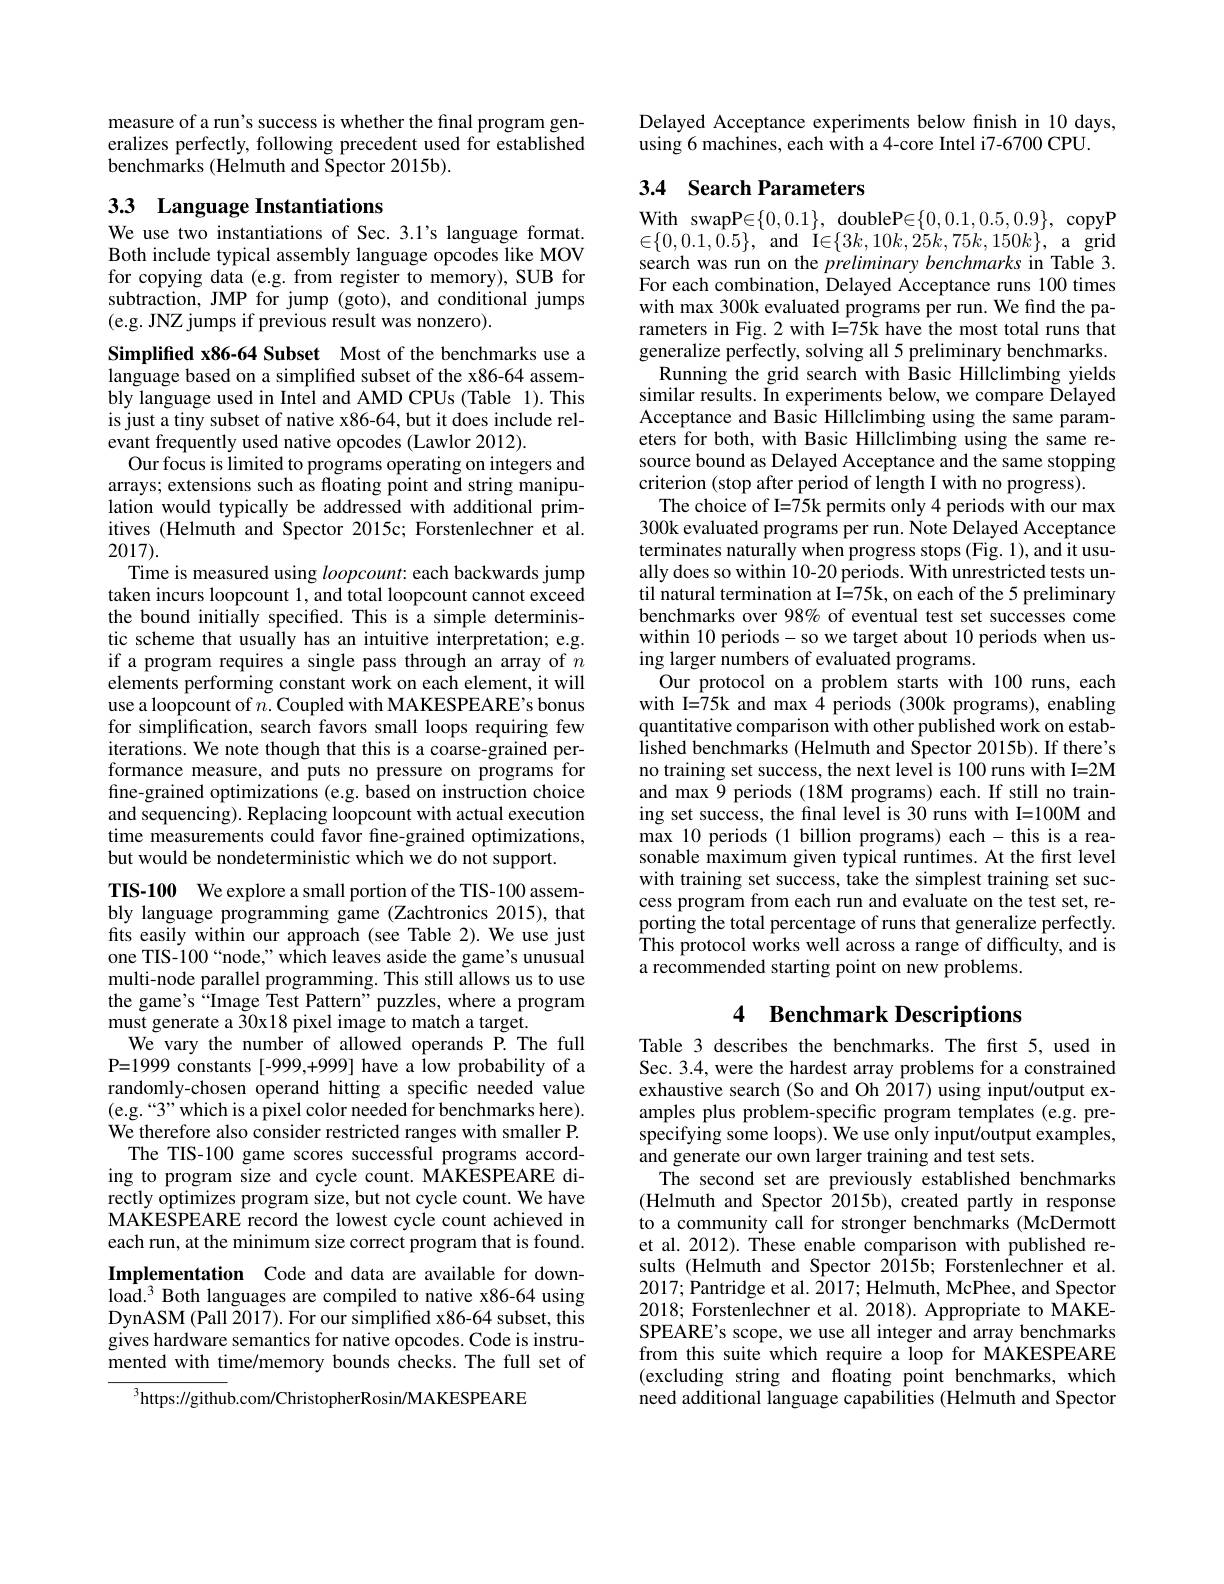
measure of a run's success is whether the final program generalizes perfectly, following precedent used for established benchmarks (Helmuth and Spector 2015b).

# 33 Language Instantiations

We use two instantiations of Sec. 3.1's language format. Both include typical assembly language opcodes like MOV for copying data (e.g. from register to memory), SUB for subtraction, JMP for jump (goto), and conditional jumps (e.g. JNZ jumps if previous result was nonzero).

Simplified x86-64 Subset Most of the benchmarks use a language based on a simplified subset of the x86-64 assembly language used in Intel and AMD CPUs (Table 1). This is just a tiny subset of native x86-64, but it does include relevant frequently used native opcodes (Lawlor 2012).
Our focus is limited to programs operating on integers and arrays; extensions such as floating point and string manipulation would typically be addressed with additional primitives (Helmuth and Spector 2015c; Forstenlechner et al. 2017).
Time is measured using $loopcount{:}$ each backwards jump taken incurs loopcount 1, and total loopcount cannot exceed the bound initially specified. This is a simple deterministic scheme that usually has an intuitive interpretation; e.g. if a program requires a single pass through an array of $n$ elements performing constant work on each element, it will use a loopcount of $n.$ Coupled with MAKESPEARE's bonus for simplification, search favors small loops requiring few iterations. We note though that this is a coarse-grained performance measure, and puts no pressure on programs for fine-grained optimizations (e.g. based on instruction choice and sequencing). Replacing loopcount with actual execution time measurements could favor fine-grained optimizations, but would be nondeterministic which we do not support.
TIS-100 We explore a small portion of the TIS-100 assembly language programming game (Zachtronics 2015), that fits easily within our approach (see Table 2). We use just one TIS-100“node,”which leaves aside the game's unusual multi-node parallel programming. This still allows us to use the game's“Image Test Pattern”puzzles, where a program must generate a 30x18 pixel image to match a target.
We vary the number of allowed operands P. The full P=1999 constants [-999,+999] have a low probability of a randomly-chosen operand hitting a specific needed value (e.g.“3”" which is a pixel color needed for benchmarks here). We therefore also consider restricted ranges with smaller P.
The TIS-100 game scores successful programs according to program size and cycle count. MAKESPEARE directly optimizes program size, but not cycle count. We have MAKESPEARE record the lowest cycle count achieved in each run, at the minimum size correct program that is found. Implementation Code and data are available for download.$^3$ Both languages are compiled to native x86-64 using DynASM (Pall 2017). For our simplified x86-64 subset, this gives hardware semantics for native opcodes. Code is instrumented with time/memory bounds checks. The full set of

$^{3}$https://github.com/ChristopherRosin/MAKESPEARE

Delayed Acceptance experiments below fnish in 10 days,
using 6 machines, each with a 4-core Intel i7-6700 CPU.

# 3.4 Search Parameters

With swapP$\in\{0,0.1\}$, doubleP$\in\{0,0.1,0.5,0.9\}$, copyP $\in \{ 0, 0. 1, \hat{0} . 5\} $, and I$\in \{ 3k, 10k, 25k, 75k, 150k\} $, a grid search was run on the preliminary benchmarks in Table 3. For each combination, Delayed Acceptance runs 100 times with max 300k evaluated programs per run. We find the parameters in Fig. 2 with I=75k have the most total runs that generalize perfectly, solving all 5 preliminary benchmarks.
Running the grid search with Basic Hillclimbing yields similar results. In experiments below, we compare Delayed Acceptance and Basic Hillclimbing using the same parameters for both, with Basic Hillclimbing using the same resource bound as Delayed Acceptance and the same stopping criterion (stop after period of length I with no progress).
The choice of I=75k permits only 4 periods with our max 300k evaluated programs per run. Note Delayed Acceptance terminates naturally when progress stops (Fig. 1), and it usually does so within 10-20 periods. With unrestricted tests until natural termination at I=75k, on each of the 5 preliminary benchmarks over 98% of eventual test set successes come within 10 periods- so we target about 10 periods when using larger numbers of evaluated programs.
Our protocol on a problem starts with 100 runs, each with I=75k and max 4 periods (300k programs), enabling quantitative comparison with other published work on established benchmarks (Helmuth and Spector 2015b). If there's no training set success, the next level is 100 runs with I=2M and max $\tilde{9}$ periods (18M programs) each. If still no training set success, the final level is 30 runs with I=100M and max 10 periods (1 billion programs) each-this is a reasonable maximum given typical runtimes. At the first level with training set success, take the simplest training set success program from each run and evaluate on the test set, reporting the total percentage of runs that generalize perfectly. This protocol works well across a range of difficulty, and is a recommended starting point on new problems.

# 4 Benchmark Descriptions

Table 3 describes the benchmarks. The first 5, used in Sec. 3.4, were the hardest array problems for a constrained exhaustive search (So and Oh 2017) using input/output examples plus problem-specific program templates (e.g. prespecifying some loops). We use only input/output examples, and generate our own larger training and test sets.
The second set are previously established benchmarks (Helmuth and Spector 2015b),created partly in response to a community call for stronger benchmarks (McDermott et al. 2012). These enable comparison with published results (Helmuth and Spector 2015b; Forstenlechner et al. 2017; Pantridge et al. 2017; Helmuth, McPhee, and Spector 2018; Forstenlechner et al. 2018). Appropriate to MAKESPEARE's scope, we use all integer and array benchmarks from this suite which require a loop for MAKESPEARE (excluding string and floating point benchmarks, which need additional language capabilities (Helmuth and Spector